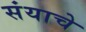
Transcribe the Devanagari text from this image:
संयाचे